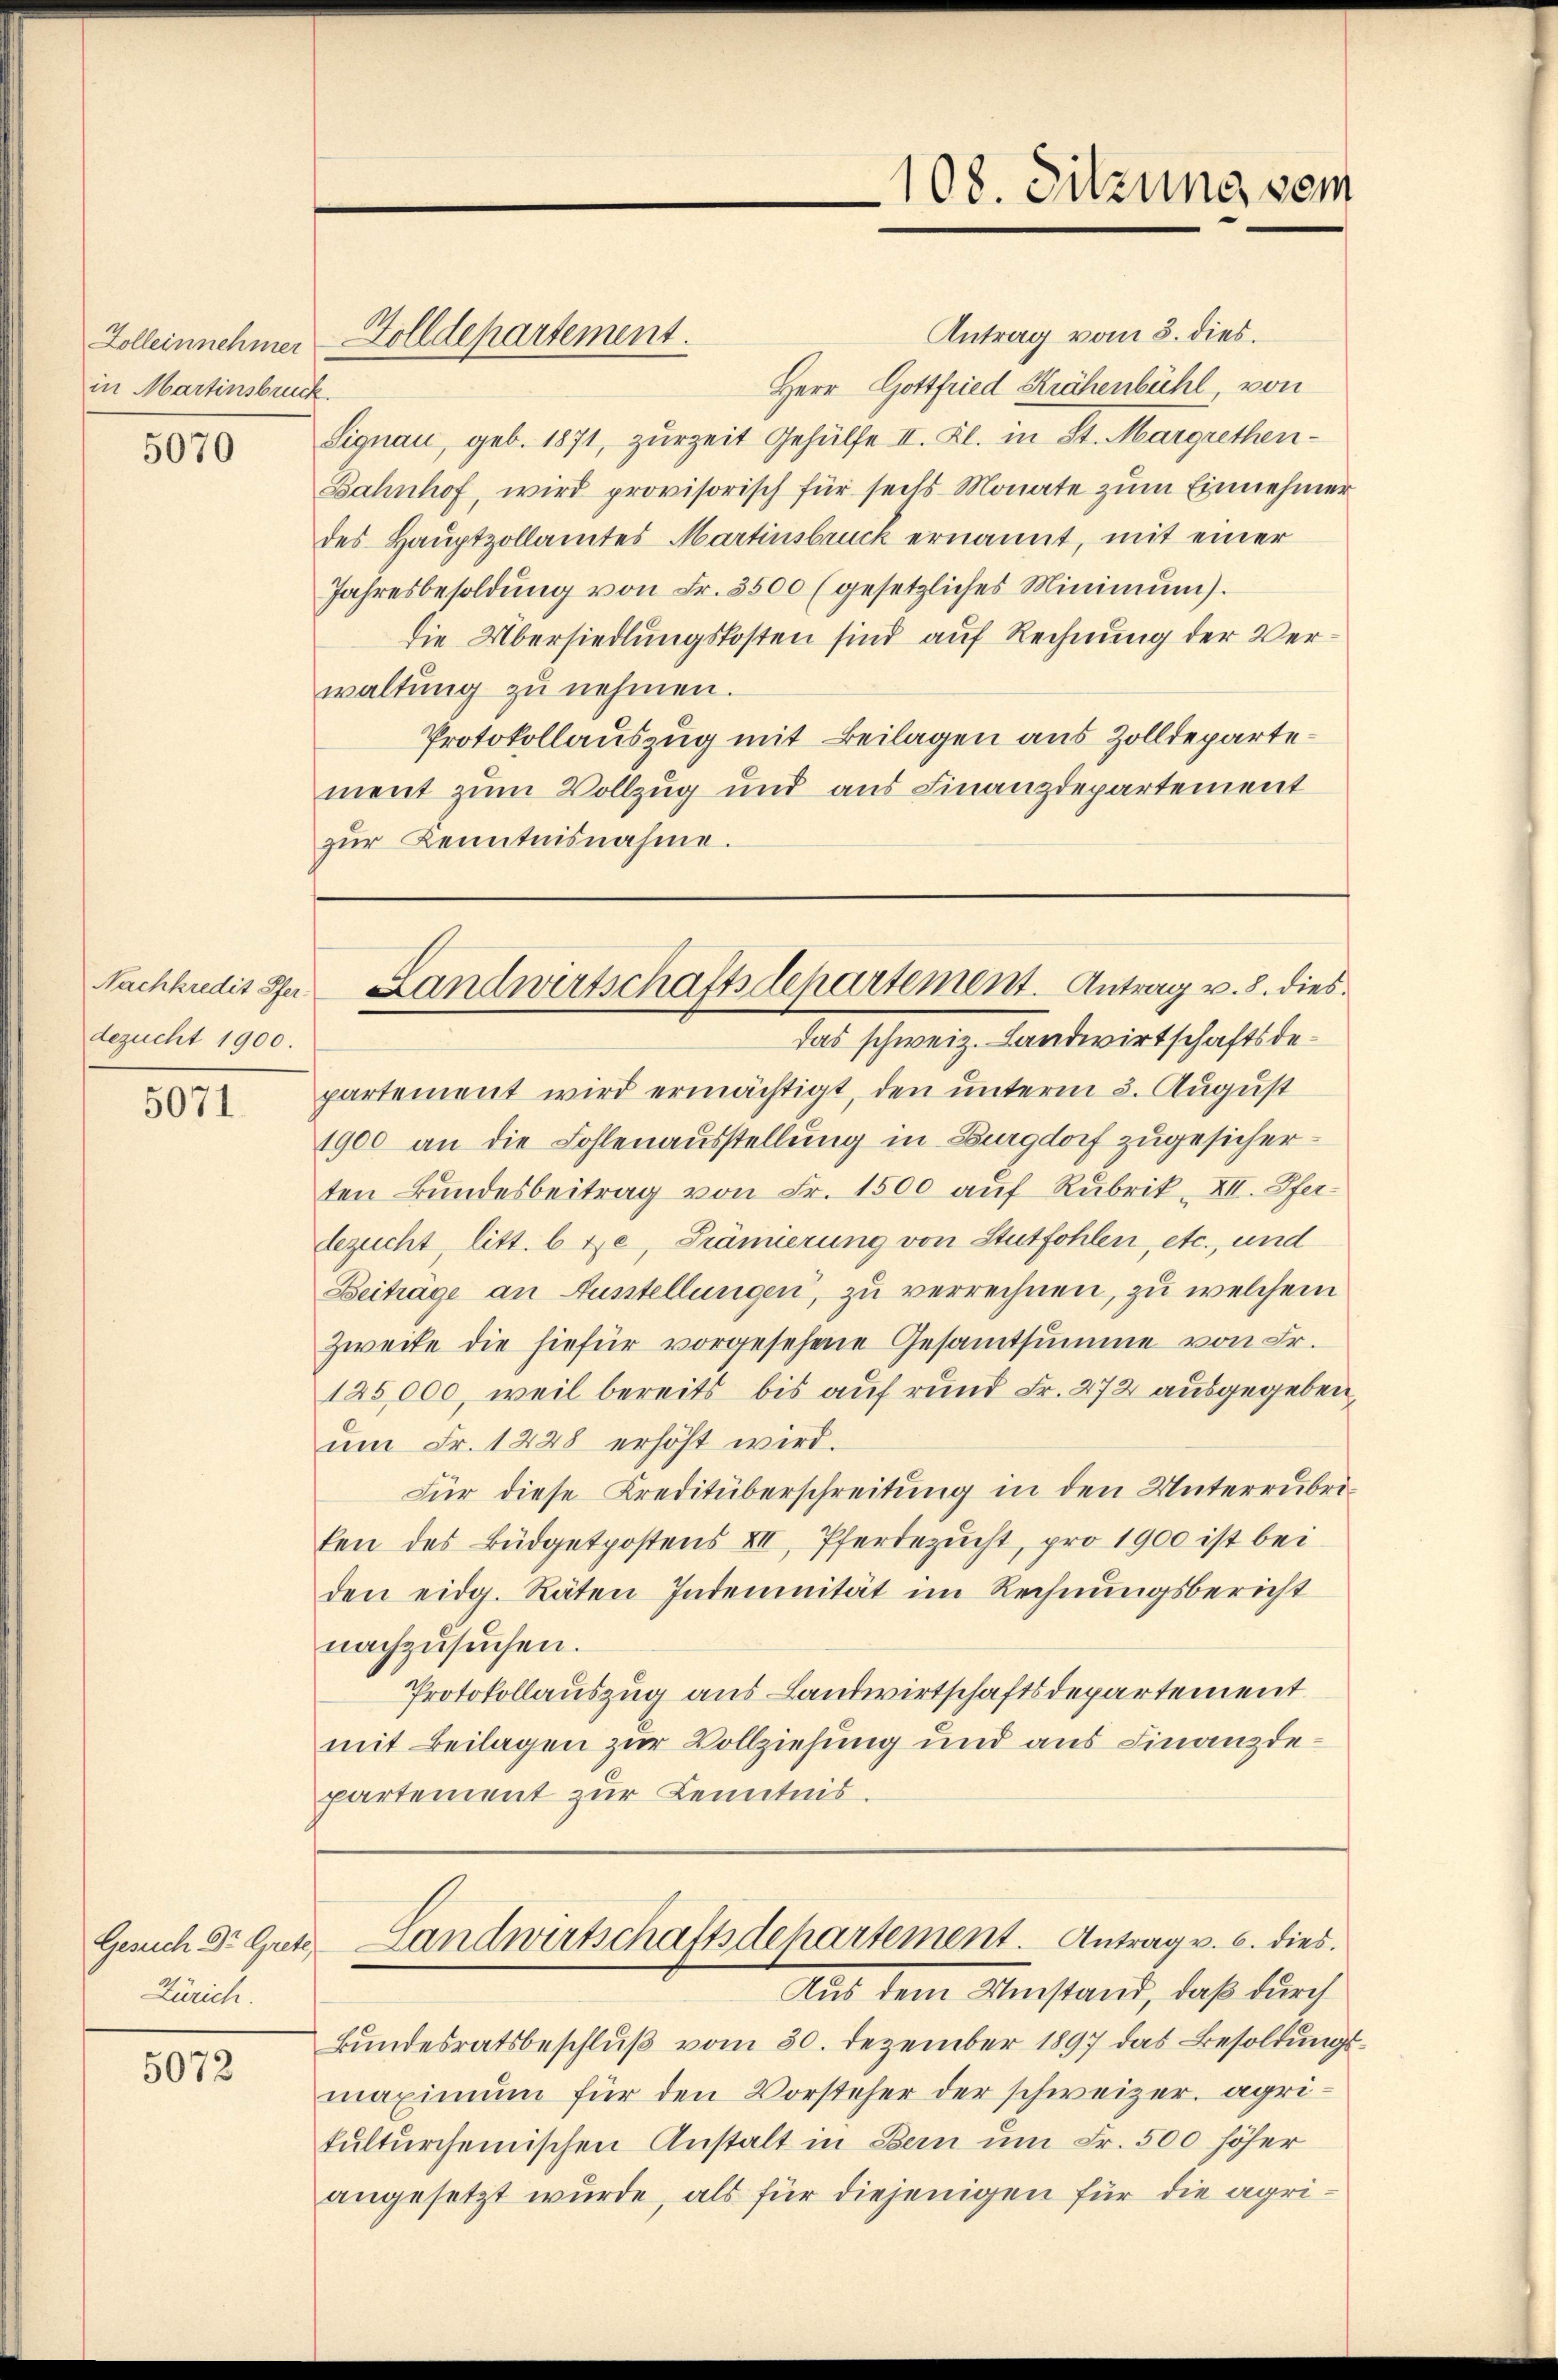
Zolleinnehmer
in Martinsbru

5070

Nachkredit Pfer.
dezucht 1900.

5071.

Gesuch Dr. Grete
Linrich.

5072

Golldepartement.

108. Sitzung vom

Landwirtschaftsdepartement. Antrag v. 8. dies

Antrag vom 5. dies.
Herr Gottfried Krähenbühl, von
.
Signau, geb. 1871, zurzeit Gehülfe II. Kl. in St. Margrethen-
Bahnhof, wird provisorisch für seils Monate zum Einnehmer
des Hauptzollamtes Martinsbruck ernannt, mit einer
Jahresbesoldŭng von Fr. 3500 (gesetzliches Minimŭm).
die Übersiedlungskosten sind auf Rechnung der Verwaltung zu nehmen.
Protokollauszug mit Beilagen aus Zolldepartement zum Vollzug und aus Finanzdepartement
zŭr Kenntnisnahme.

das schweiz. Landwirtschaftsdepartement wird ermächtigt, den unterm 3. August
1900 an die Fohlenausstellung in Burgdorf zugesicherten Bundesbeitrag von Fr. 1500 auf Rubrik- XI. Pferdezucht, litt. b te, Prämierung von Stutfohlen, etc., und
Beitrage an Ausstellungen, zu verrechnen, zu welchem
Zweite die hiefür vorgesehene Gesammtsumme von Fr.
125,000, weil bereits bis auf rund Fr. 272 ausgegeben
um Fr. 1228 erhöht wird.
Für diese Kreditüberschreitung in den Unterrübriken des Büdgetpostens XII, Pferdezucht, pro 1900 ist bei
den eidg. Räten Indemnität im Rechnŭngsbericht
nachzusuchen.
Protokollauszug aus Landwirtschaftsdepartement
mit Beilagen zur Vollziehung und aus Finanzdepartement zur Kenntnis.

Aus dem Umstand, daß durch
Bundesratsbeschluß vom 30. Dezember 1897 das Besoldungsmaximum für den Vorsteher der schweizer agrikultursemischen Anstalt in Bern um Fr. 500 höher
angesetzt wurde, als für diejenigen für die agri¬

Landwirtschaftsdepartement. Antrag v. 6. dies